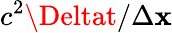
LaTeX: c^{2}\Deltat/\Delta\mathbf{x}